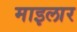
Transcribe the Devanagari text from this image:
माइलार